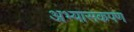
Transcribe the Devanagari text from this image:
अभ्यासकपण